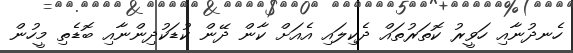
ހެނދުނާއި ހަވީރު ކޮތަރުތައް ދެކިލައި އެއަށް ކާން ދޭން ކުޑަކުދިންނާއި ބޮޑެތި މީހުން